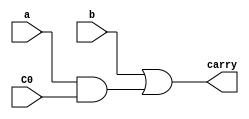
module calCarry(a, b, C0, carry);
input a,b,C0;
output carry;
    assign carry=b|(a&C0);
endmodule

module add_or_sub(a, b, m, x, y);
input a, b, m;
output x, y;
    assign x=a^(b^m);
    assign y=a&(b^m);
endmodule


module calsum(p, carry, s);
input p; 
input carry;
output s;
    assign s=p^carry;
endmodule

module cla_gen(P, G, C0, C) ;  
parameter W=4;
input [W-1:0] P, G;
input C0;
output [W:0] C;

assign C[0]=C0;

genvar i;
generate
    for(i=0;i<W;i=i+1)
    begin : cla_gen_in 
        calCarry gc(.a(P[i]), .b(G[i]), .C0(C[i]), .carry(C[i+1]));
    end
endgenerate

endmodule

module addsub_cla(A, B, S, C, M, V);
parameter W=4;
input [W-1:0] A, B;
input M;
output [W-1:0] S;
output C;
output V;


wire [W-1:0] P;
wire [W-1:0] G;
wire [W:0] Carry;



genvar j;
generate
    for(j=0;j<W;j=j+1)
    begin : arr_pg
        add_or_sub pg(.a(A[j]), .b(B[j]), .m(M), .x(P[j]), .y(G[j]));
    end
endgenerate

cla_gen #(.W(W)) CLAGEN(.P (P),.G (G),.C0 (M),.C (Carry));

genvar k;
generate
    for(k=0;k<W;k=k+1)
    begin : arr_s 
            calsum gs(.p(P[k]), .carry(Carry[k]), .s(S[k]));
    end
endgenerate

assign C=Carry[W];
assign V=Carry[W-1]^Carry[W];

endmodule